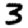
Digit: 3